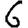
Digit: 6